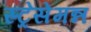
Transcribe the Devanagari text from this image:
स्ट्रेसेमन्न